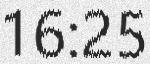
16:25